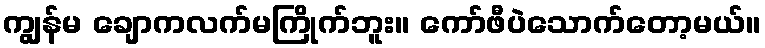
ကျွန်မ ချောကလက်မကြိုက်ဘူး။ ကော်ဖီပဲသောက်တော့မယ်။